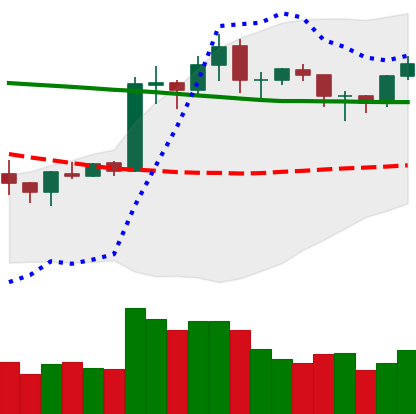
Ticker: ETH-USD
Chart end date: 2020-01-27
Forward return: 7.455%
Label: up_7plus